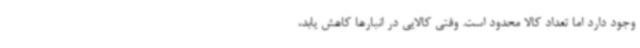
وجود دارد اما تعداد کالا محدود است. وقتی کالایی در انبارها کاهش یابد،